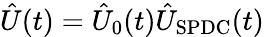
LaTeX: \hat{U}(t)=\hat{U}_{0}(t)\hat{U}_{\mathrm{SPDC}}(t)